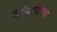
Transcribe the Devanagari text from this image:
मिलिटरीच्या